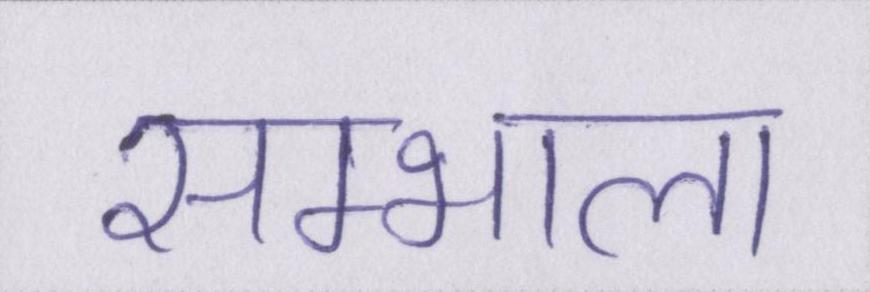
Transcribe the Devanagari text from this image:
सम्भाला